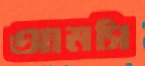
আমসি